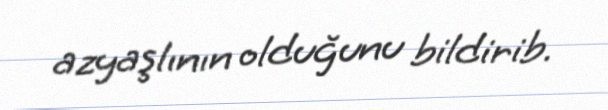
azyaşlının olduğunu bildirib.